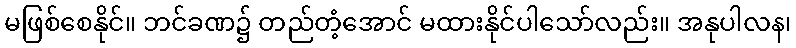
မဖြစ်စေနိုင်။ ဘင်ခဏ၌ တည်တံ့အောင် မထားနိုင်ပါသော်လည်း။ အနုပါလန၊